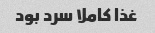
غذا کاملا سرد بود